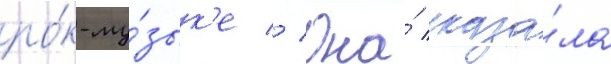
ро́к-му́зык'е // Она́ сказа́ла